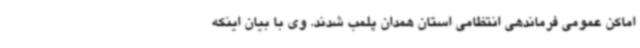
اماکن عمومی فرماندهی انتظامی استان همدان پلمب شدند. وی با بیان اینکه